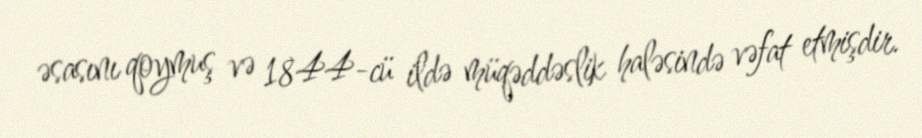
əsasını qoymuş və 1844-cü ildə müqəddəslik haləsində vəfat etmişdir.